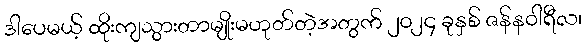
ဒါပေမယ့် ထိုးကျသွားတာမျိုးမဟုတ်တဲ့အတွက် ၂၀၂၄ ခုနှစ် ဇန်နဝါရီလ၊